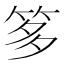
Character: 𥭋